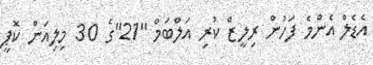
އެޑެލް އެންމެ ފަހުން ރިލީޒް ކުރި އަލްބަމް "21"ގެ 30 މިލިއަން ކޮޕީ